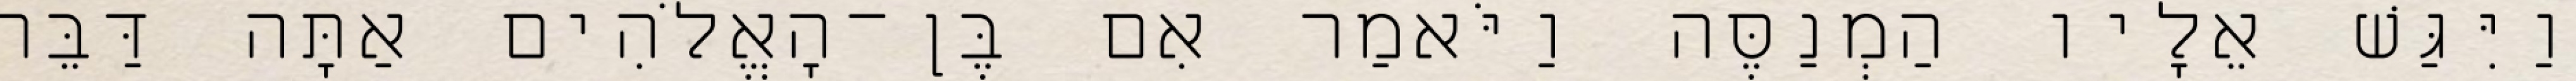
וַיִּגַּשׁ אֵלָיו הַמְנַסֶּה וַיֹּאמַר אִם בֶּן־הָאֱלֹהִים אַתָּה דַּבֵּר